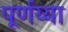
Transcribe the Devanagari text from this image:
पूर्णय्या